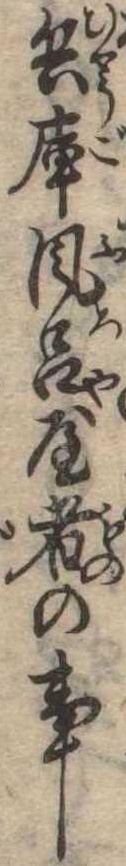
兵庫風呂屋者の事